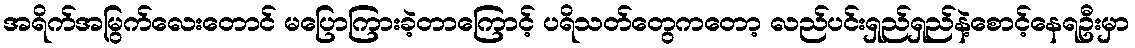
အရိက်အမြွက်လေးတောင် မပြောကြားခဲ့တာကြောင့် ပရိသတ်တွေကတော့ လည်ပင်းရှည်ရှည်နဲ့စောင့်နေရဦးမှာ